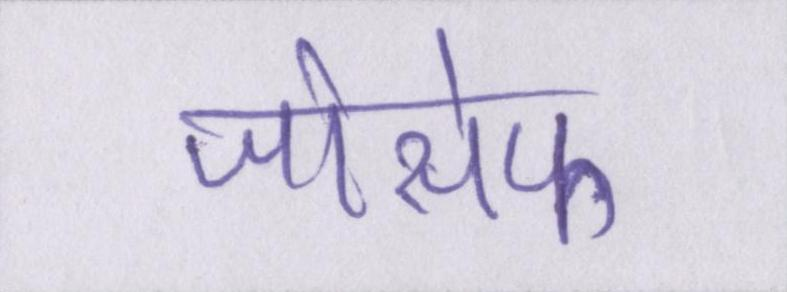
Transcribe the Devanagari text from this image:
जोसेफ